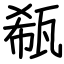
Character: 瓻